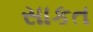
સાકત